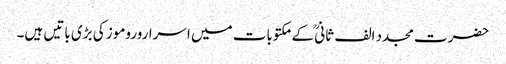
حضرت مجدد الف ثانیؒ کے مکتوبات میں اسراروروموز کی بڑی باتیں ہیں۔